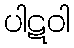
ပါဋဝါ